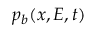
p _ { b } ( x , E , t )